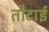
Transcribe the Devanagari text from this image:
तौटाई